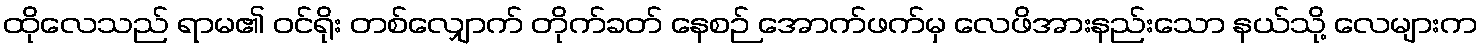
ထိုလေသည် ရာမ၏ ဝင်ရိုး တစ်လျှောက် တိုက်ခတ် နေစဉ် အောက်ဖက်မှ လေဖိအားနည်းသော နယ်သို့ လေများက